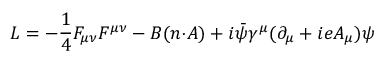
L = - \frac { 1 } { 4 } F _ { { \mu } { \nu } } F ^ { { \mu } { \nu } } - B ( n { \cdot } A ) + i \bar { \psi } { \gamma } ^ { \mu } ( { \partial } _ { \mu } + i e A _ { \mu } ) { \psi }